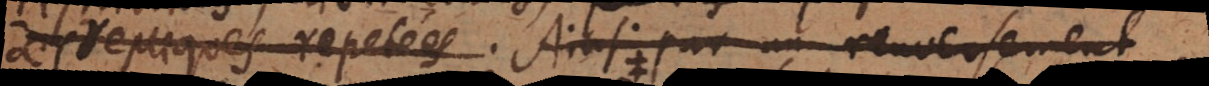
repliques repetées. Ainsi par un renversement